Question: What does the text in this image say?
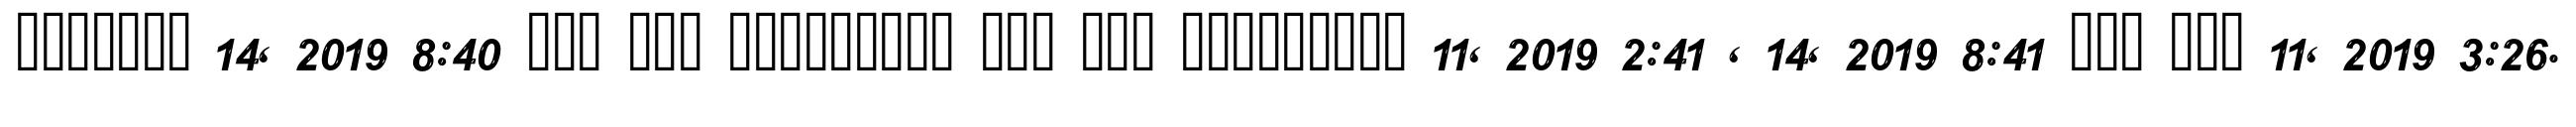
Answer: ??????? 14, 2019 8:40 ??? ??? ????????? ??? ??? ????????? 11, 2019 2:41 , 14, 2019 8:41 ??? ??? 11, 2019 3:26.